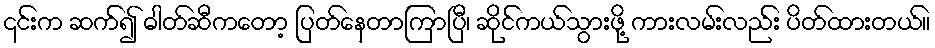
၎င်းက ဆက်၍ ဓါတ်ဆီကတော့ ပြတ်နေတာကြာပြီ၊ ဆိုင်ကယ်သွားဖို့ ကားလမ်းလည်း ပိတ်ထားတယ်။